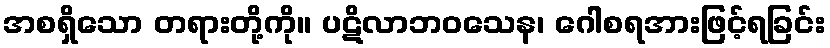
အစရှိသော တရားတို့ကို။ ပဋိလာဘဝသေန၊ ဂေါစရအားဖြင့်ရခြင်း